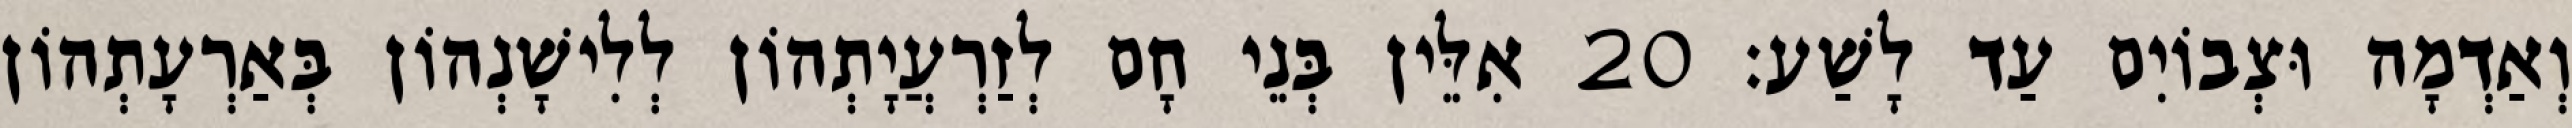
וְאַדְמָה וּצְבוֹיִם עַד לָשַׁע׃ 20 אִלֵּין בְּנֵי חָם לְזַרְעֲיָתְהוֹן לְלִישָׁנְהוֹן בְּאַרְעָתְהוֹן